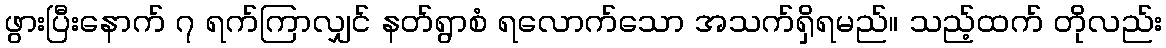
ဖွားပြီးနောက် ၇ ရက်ကြာလျှင် နတ်ရွာစံ ရလောက်သော အသက်ရှိရမည်။ သည့်ထက် တိုလည်း